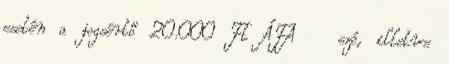
esetén a jogsértő 20.000 Ft ÁFA szó, illetve